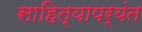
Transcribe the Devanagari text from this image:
साहित्यापर्यंत